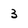
Character: 3